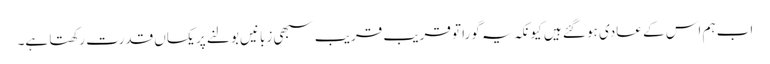
اب ہم اس کے عادی ہو گئے ہیں کیونکہ یہ گورا تو قریب قریب سبھی زبانیں بولنے پر یکساں قدرت رکھتا ہے۔